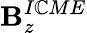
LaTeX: \mathbf{B}_{z}^{I\mathbb{C}ME}